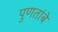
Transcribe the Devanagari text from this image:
पुणतांबे